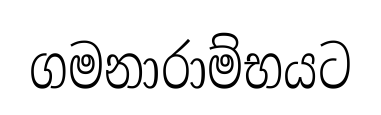
ගමනාරාම්භයට